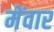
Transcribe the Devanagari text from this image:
मेंवार